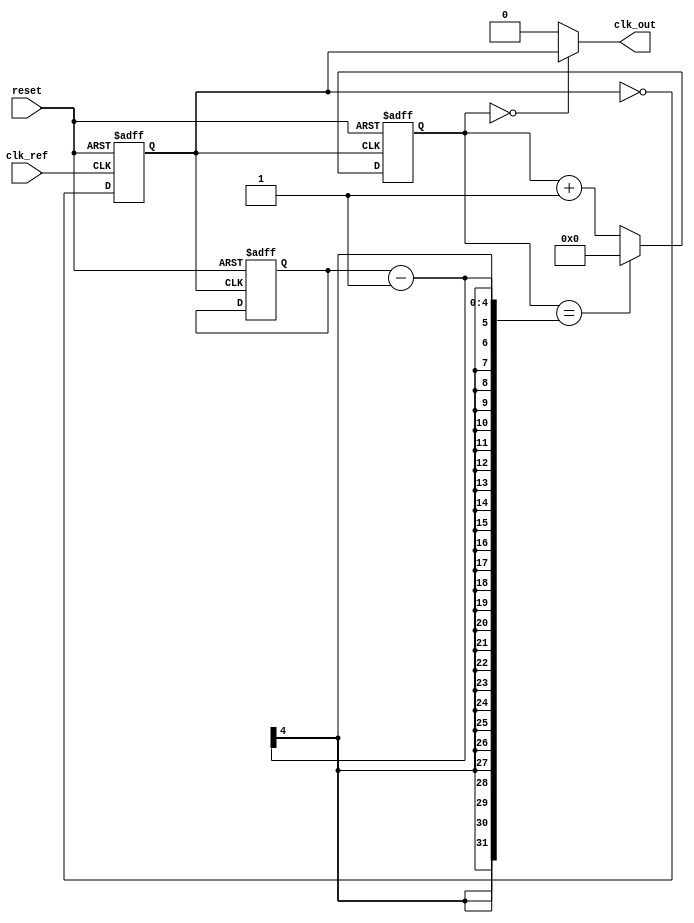
module ADPLL (
    input wire clk_ref,          // Reference clock input
    input wire reset,           // Reset signal
    output wire clk_out         // Output clock signal
);

// Parameters
parameter N = 8;               // Number of bits for the DCO control signal
parameter M = 4;               // Memory size for phase information

// Internal signals
reg [N-1:0] dco_control;       // Control signal for DCO
reg [N-1:0] phase_error;       // Phase error signal
reg [N-1:0] loop_filter_out;   // Output of the loop filter
reg [M-1:0] memory_block [0:15]; // Memory block for phase information
reg [3:0] memory_addr;         // Address for memory access
reg clk_dco;                   // DCO output clock
reg [3:0] divider_count;       // Frequency divider counter
reg [3:0] divider_value;       // Divider value

// Phase Detector (PD)
always @(posedge clk_ref or posedge reset) begin
    if (reset) begin
        phase_error <= 0;
    end else begin
        // Simple XOR phase detector
        phase_error <= (clk_ref ^ clk_dco);
    end
end

// Loop Filter (Digital Low-pass Filter)
always @(posedge clk_ref or posedge reset) begin
    if (reset) begin
        loop_filter_out <= 0;
    end else begin
        // Simple first-order filter
        loop_filter_out <= loop_filter_out + (phase_error >> 1);
    end
end

// Memory Block
always @(posedge clk_ref or posedge reset) begin
    if (reset) begin
        memory_addr <= 0;
    end else begin
        // Update memory address based on some condition (e.g., phase error)
        memory_addr <= (memory_addr + 1) % 16; // Simple round-robin addressing
        memory_block[memory_addr] <= loop_filter_out; // Store filtered output
    end
end

// Digital Controlled Oscillator (DCO)
always @(posedge clk_ref or posedge reset) begin
    if (reset) begin
        dco_control <= 0;
        clk_dco <= 0;
    end else begin
        // Adjust DCO control based on loop filter output
        dco_control <= loop_filter_out[3:0]; // Use lower bits for control
        clk_dco <= ~clk_dco; // Toggle DCO output clock
    end
end

// Frequency Divider
always @(posedge clk_dco or posedge reset) begin
    if (reset) begin
        divider_count <= 0;
        divider_value <= 4; // Example divider value
    end else begin
        if (divider_count == divider_value - 1) begin
            divider_count <= 0;
        end else begin
            divider_count <= divider_count + 1;
        end
    end
end

// Output clock generation
assign clk_out = (divider_count == 0) ? clk_dco : 1'b0;

endmodule